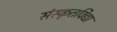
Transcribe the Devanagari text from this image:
संस्कृतविद्या